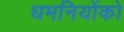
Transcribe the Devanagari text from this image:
धमनियोंको